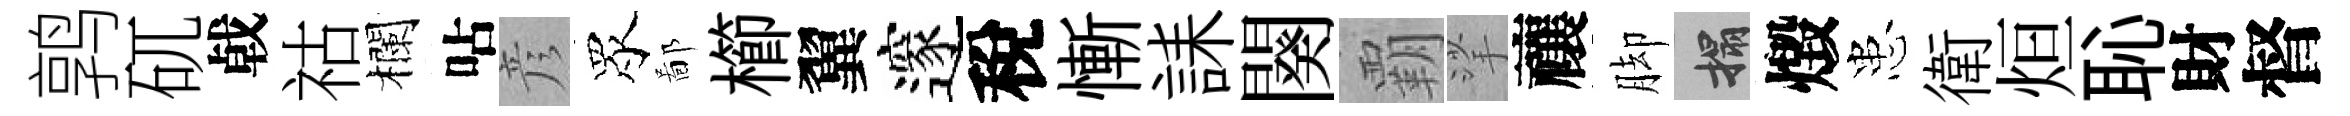
鹑矹㦸祜欄呫彦眾鄙櫛翼邃稅慚誄闋覇挲禳脚搨燬患衛烜恥財督